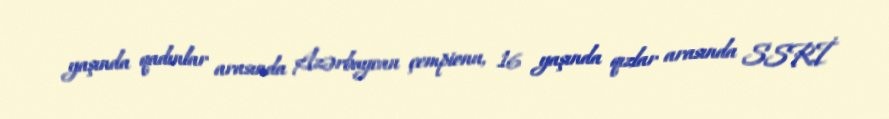
yaşında qadınlar arasında Azərbaycan çempionu, 16 yaşında qızlar arasında SSRİ